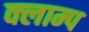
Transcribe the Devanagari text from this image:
क्लाम्प